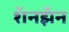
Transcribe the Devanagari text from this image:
शॅनझॅन